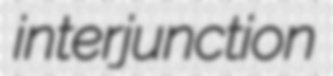
interjunction